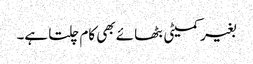
بغیر کمیٹی بٹھائے بھی کام چلتا ہے۔